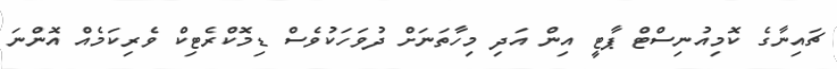
ޗައިނާގެ ކޮމިއުނިސްޓް ޕާޓީ އިން އަދި މިހާތަނަށް ދުވަހަކުވެސް ޑިމޮކްރެޓިކް ވެރިކަމެއް އޮންނަ